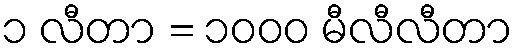
၁ လီတာ = ၁၀၀၀ မီလီလီတာ